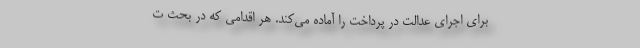
برای اجرای عدالت در پرداخت را آماده می‌کند. هر اقدامی که در بحث ت